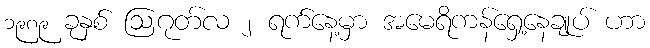
၁၉၈၉ ခုနှစ် ဩဂုတ်လ ၂ ရက်နေ့မှာ အမေရိကန်ရှေ့နေချုပ် ဟာ